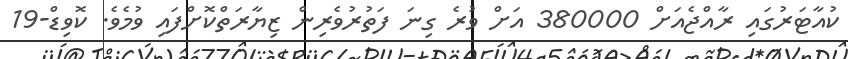
ކުއާޓަރުގައި ރާއްޖެއަށް 380000 އަށް ވުރެ ގިނަ ފަތުރުވެރިން ޒިޔާރަތްކޮށްފައި ވުމެވެ. ކޮވިޑް-19